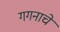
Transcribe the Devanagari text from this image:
गगनाचे